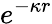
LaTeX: e^{-\kappa r}